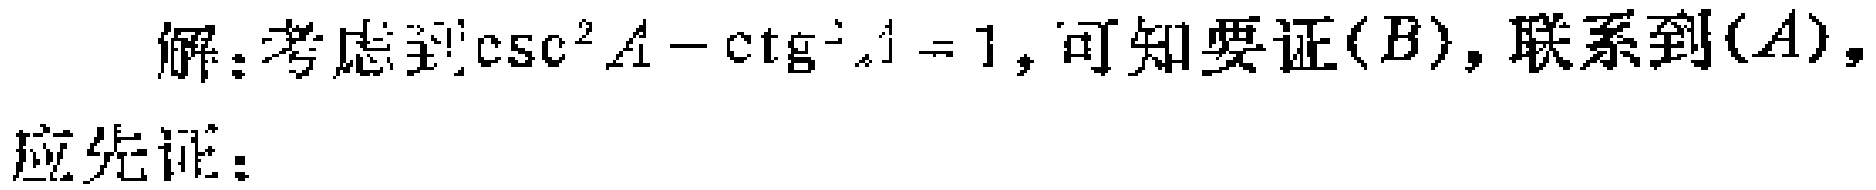
解：考虑到\(\csc^{2}A - \ctg^{2}A = 1\)，可知要证\((B)\)，联系到\((A)\)，

应先证：